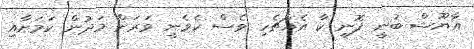
އާޔޫޝް ބުނީ ފޮނި ކާ އެއްޗެހި ވެސް ކެވެނީ ވަރަށް މަދުން ކަމަށާއި